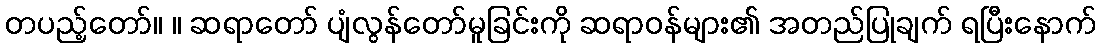
တပည့်တော်။ ။ ဆရာတော် ပျံလွန်တော်မူခြင်းကို ဆရာဝန်များ၏ အတည်ပြုချက် ရပြီးနောက်